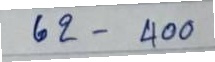
62 - 400